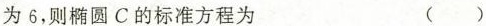
为6，则椭圆C的标准方程为 ()